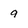
Character: 9